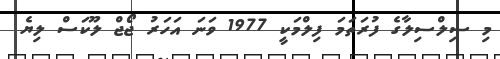
މި ސިލްސިލާގެ ފުރަތަމަ ފިލްމަކީ 1977 ވަނަ އަހަރު ޖޯޖް ލޫކަސް ލިޔެ